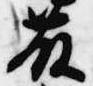
藤